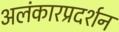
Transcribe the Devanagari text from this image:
अलंकारप्रदर्शन